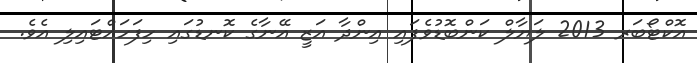
އޮކްޓޯބަރ 2013 ލަޔާލް ކަންބޮޑުވެފައި އިންދާ އަޒީ އޭނާގެ ކޮނޑުގައި ހިފަހައްޓައިލި އެވެ.